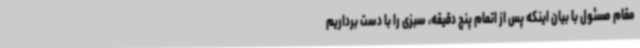
مقام مسئول با بیان اینکه پس از اتمام پنج دقیقه، سبزی را با دست برداریم